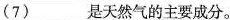
(7)___是天然气的主要成分。